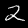
Label: 2